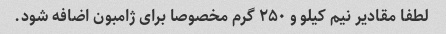
لطفا مقادیر نیم کیلو و ۲۵۰ گرم مخصوصا برای ژامبون اضافه شود.